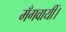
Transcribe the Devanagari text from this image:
मँगवायीं।